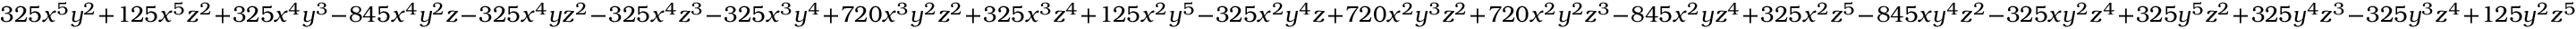
3 2 5 x ^ { 5 } y ^ { 2 } + 1 2 5 x ^ { 5 } z ^ { 2 } + 3 2 5 x ^ { 4 } y ^ { 3 } - 8 4 5 x ^ { 4 } y ^ { 2 } z - 3 2 5 x ^ { 4 } y z ^ { 2 } - 3 2 5 x ^ { 4 } z ^ { 3 } - 3 2 5 x ^ { 3 } y ^ { 4 } + 7 2 0 x ^ { 3 } y ^ { 2 } z ^ { 2 } + 3 2 5 x ^ { 3 } z ^ { 4 } + 1 2 5 x ^ { 2 } y ^ { 5 } - 3 2 5 x ^ { 2 } y ^ { 4 } z + 7 2 0 x ^ { 2 } y ^ { 3 } z ^ { 2 } + 7 2 0 x ^ { 2 } y ^ { 2 } z ^ { 3 } - 8 4 5 x ^ { 2 } y z ^ { 4 } + 3 2 5 x ^ { 2 } z ^ { 5 } - 8 4 5 x y ^ { 4 } z ^ { 2 } - 3 2 5 x y ^ { 2 } z ^ { 4 } + 3 2 5 y ^ { 5 } z ^ { 2 } + 3 2 5 y ^ { 4 } z ^ { 3 } - 3 2 5 y ^ { 3 } z ^ { 4 } + 1 2 5 y ^ { 2 } z ^ { 5 }